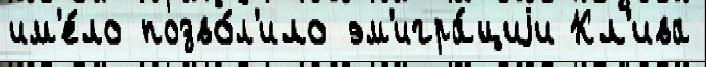
им'е́ло позво́л'ило эм'игра́циjи Кл'ива